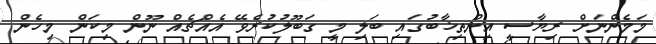
މަމެންނަށް ރިޔާސީ އިންތިޚާބުގައި ބަލި މީ ގަބޫލުކުރެވޭ އެއްޗެއް ނޫން މިކަން މިހެން